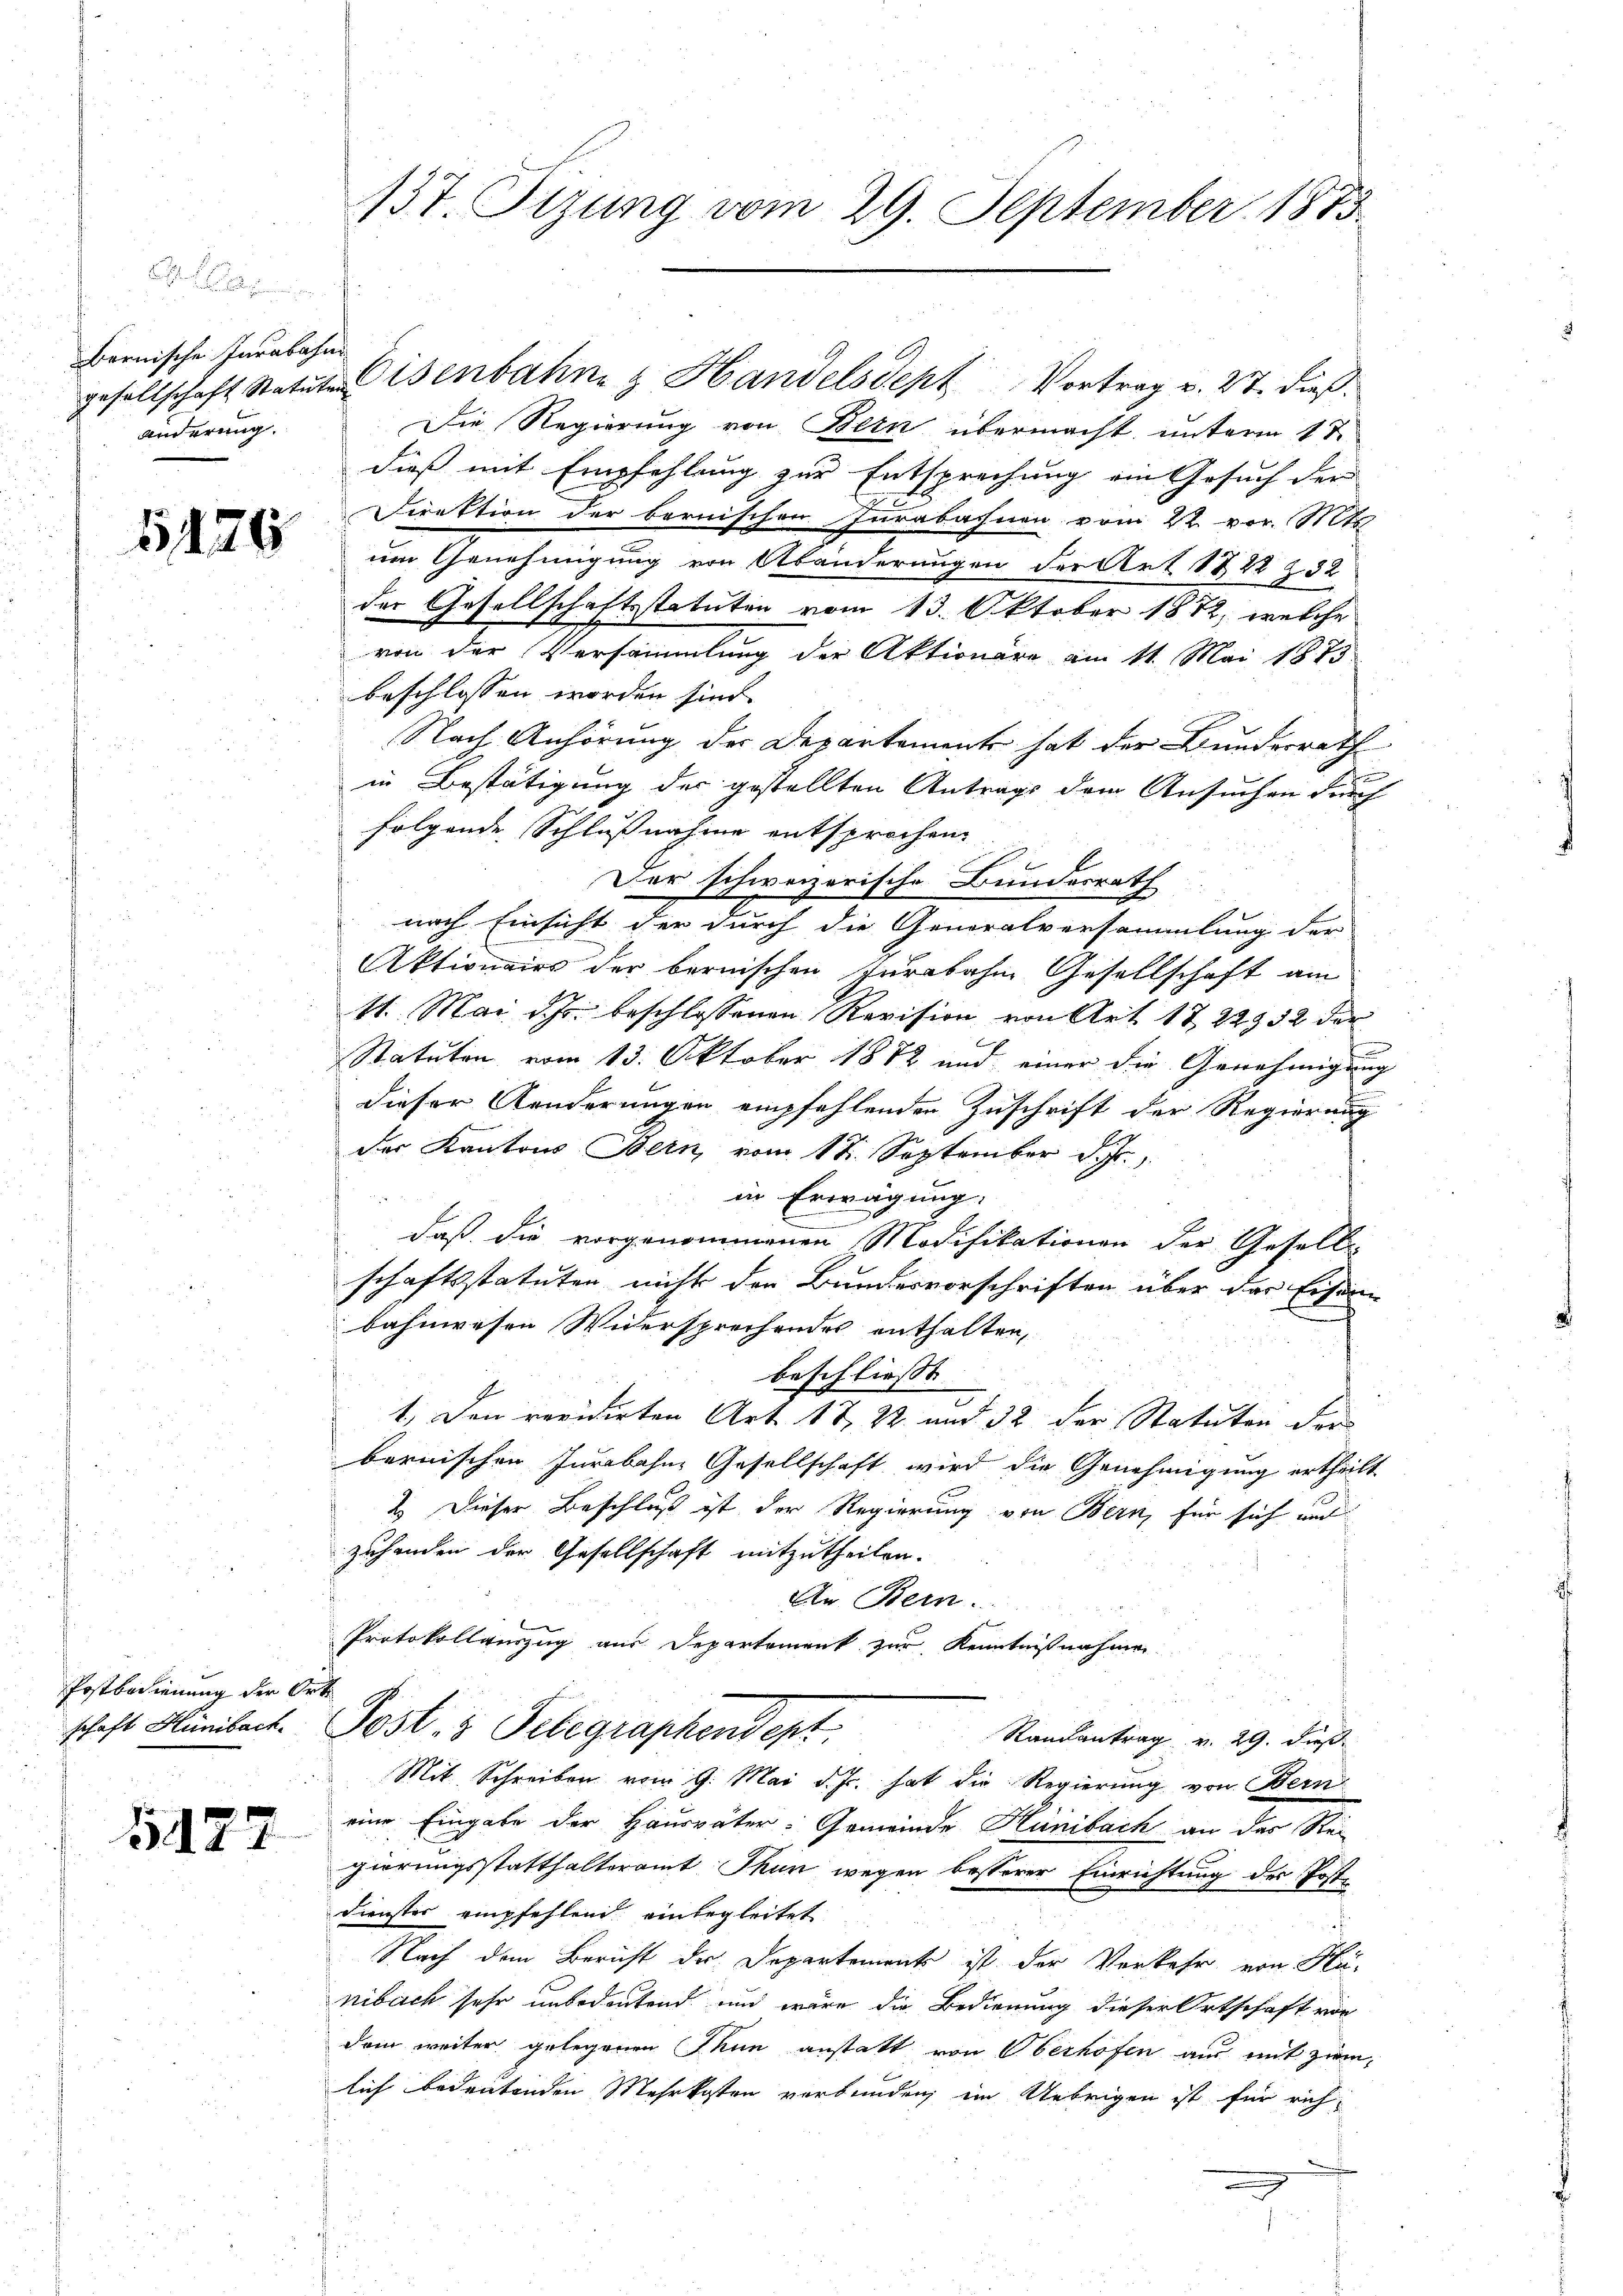
Bernische Inrabahn
änderung.

1126

Postbedienung der Orte
schaft Hünibach.

1427

137. Stzung vom 29. September 1873.

gesellschaft Statutenbahne & Handelsdept Vortrag v. 27. dieß.
Die Regierung von Bern übermacht, unterm 1 te
dieß mit Empfehlung zur Entsprechung ein Gesuch der
Direktion der bernischen Iurabachnen vom 22. vor. Mts.
um Genehmigung von Abänderungen der Art. 1722 Z. 32
der Gesellschaftsstatuten vom 13. Oktober 1872, welche
von der Versammlung der Aktionäre am 11. Mai 1879
beschlossen worden sind.
Nach Anhörung der Departement hat der Bundesrath
in Bestätigung der gestellten Antrags dem Ansuchen durch
folgende Schlußnahme entsprochen,
Der schweizerische Bundesrath
nach Einsicht der durch die Generalversammlung der
Aktionairs der bernischen Jurabahm Gesellschaft am
11. Mai d. Js. beschlossenen Revision von Art. 1722952 der
Statuten vom 13. Oktober 1872 und einer die Genehmigung
dieser Aenderungen empfehlenden Zuschrift der Regierung
der Kantons Bern, vom 17. September d. Js.,
in Erwägung:
daß die vorgenommenen Modifikationen der Geselle-
schaftsstatuten nicht den Bundesvorschriften über das Eisen-
bahnwesen Widersprechendes enthalten,
beschließt:
1. Den revidirten Art. 17, 22 und 32 der Statuten der
bernischen Jurabahne Gesellschaft wird die Genehmigung ertheilt
2. Dieser Beschluß ist der Regierung von Bern, für sich mit
zuhanden der Gesellschaft mitzutheilen.
An Bern.
Protokollauszug aus Departement zur Kenntnißnahmen
Post 5 Telegraphendept:
Randantrag v. 29. dieß
Mit Schreiben vom 9. Mai d. Js. hat die Regierung von Bern
eine Eingabe der Hausväter-Gemeinde Hunibach an das Rei
gierungsstatthalteramt Thun wegen besserer Einrichtung der Post¬
Dienster empfehlend einbegleitet
Nach dem Bericht der Departement ist der Verkehr von Hü
nibach sehr unbedeutend und wäre die Bedienung dieser Ortschaft von
dem weiter gelegenen Thun anstatt von Oberhofen aus mit zwi
lich bedeutenden Mehrkosten verbunden, im Uebrigen ist für rich¬